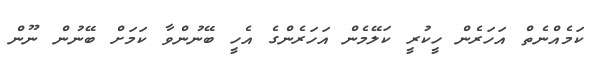
ކަމެއްނެތް އަހަރެން ހީކުރީ ކަލޭމެން އަހަރެންގެ އެހީ ބޭނުންވާ ކަމަށް ބޭނުން ނޫން